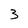
Character: 3